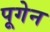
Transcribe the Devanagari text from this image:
पूगेन